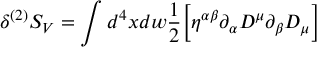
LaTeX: \delta ^ { ( 2 ) } S _ { V } = \int d ^ { 4 } x d w \frac { 1 } { 2 } \biggl [ \eta ^ { \alpha \beta } \partial _ { \alpha } { \cal D } ^ { \mu } \partial _ { \beta } { \cal D } _ { \mu } \biggr ]